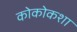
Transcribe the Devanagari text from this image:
कोकोकशा